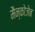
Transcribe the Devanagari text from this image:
मैन्कोजेब